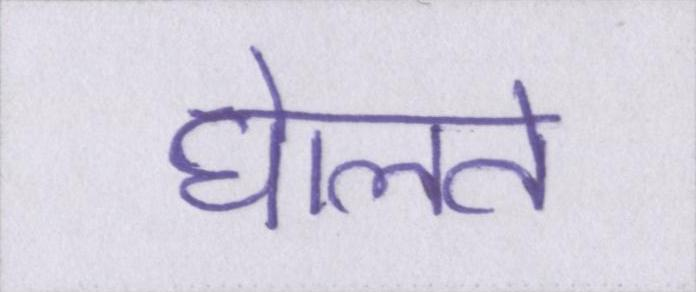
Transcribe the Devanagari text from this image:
घेालते